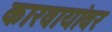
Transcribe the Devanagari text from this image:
कारवायांवर